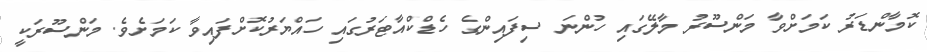
ކޮމާންޑަރު ކަމަށްވާ މަންސޫރު މާލޭގައި ހުންނަ ސިފައިންގެ ހެޑްކްއާޓަރުގައި ހައްޔަރުކޮށްފައިވާ ކަމަށެވެ. މަންސޫރަކީ